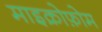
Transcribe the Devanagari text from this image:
माइक्रोफ़ोम